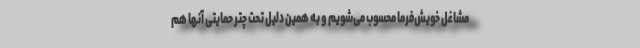
مشاغل خویش‌فرما محسوب می‌شویم و به همین دلیل تحت چتر حمایتی آنها هم